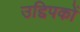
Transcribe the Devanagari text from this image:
उद्दिपकों